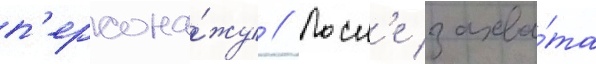
п'ерсона́жу // Посл'е захва́та